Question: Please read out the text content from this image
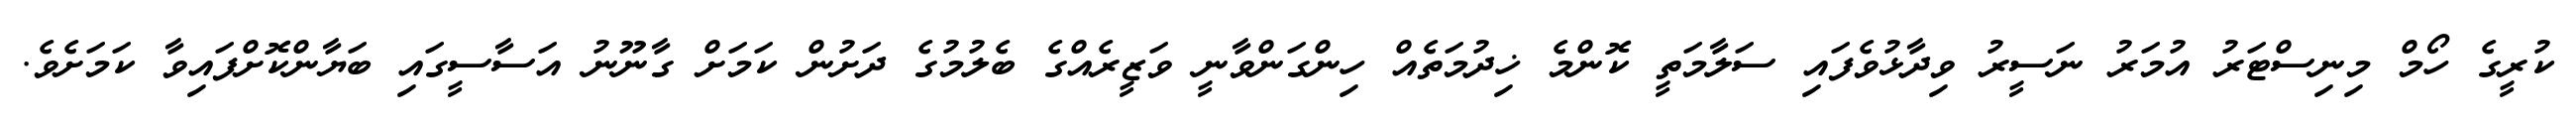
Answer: ކުރީގެ ހޯމް މިނިސްޓަރު އުމަރު ނަސީރު ވިދާޅުވެފައި ސަލާމަތީ ކޮންމެ ޚިދުމަތެއް ހިންގަންވާނީ ވަޒީރެއްގެ ބެލުމުގެ ދަށުން ކަމަށް ގާނޫނު އަސާސީގައި ބަޔާންކޮށްފައިވާ ކަމަށެވެ.